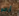
أراجع